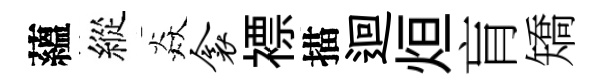
蘊縱焱衾褾描迴烜肓矯